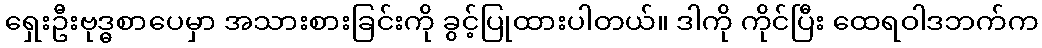
ရှေးဦးဗုဒ္ဓစာပေမှာ အသားစားခြင်းကို ခွင့်ပြုထားပါတယ်။ ဒါကို ကိုင်ပြီး ထေရဝါဒဘက်က